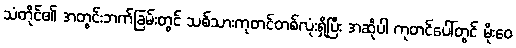
သံတိုင်၏ အတွင်းဘက်ခြမ်းတွင် သစ်သားကုတင်တစ်လုံးရှိပြီး အဆိုပါ ကုတင်ပေါ်တွင် မိုးဝေ